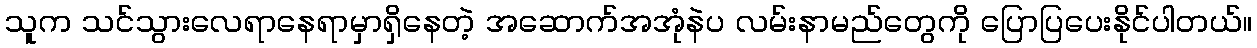
သူက သင်သွားလေရာနေရာမှာရှိနေတဲ့ အဆောက်အအုံနဲပ လမ်းနာမည်တွေကို ပြောပြပေးနိုင်ပါတယ်။